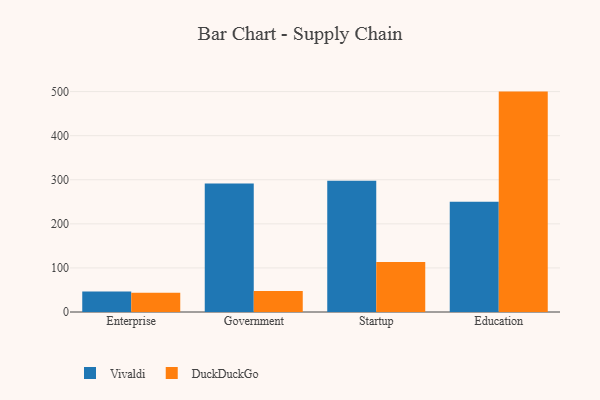
{"axis": {"x": "Segment", "y": "Headcount"}, "legend": ["DuckDuckGo", "Vivaldi"], "data": [{"x": "Enterprise", "y": 46.4, "type": "Vivaldi"}, {"x": "Enterprise", "y": 43.7, "type": "DuckDuckGo"}, {"x": "Government", "y": 291.7, "type": "Vivaldi"}, {"x": "Government", "y": 47.9, "type": "DuckDuckGo"}, {"x": "Startup", "y": 297.5, "type": "Vivaldi"}, {"x": "Startup", "y": 113.7, "type": "DuckDuckGo"}, {"x": "Education", "y": 250.2, "type": "Vivaldi"}, {"x": "Education", "y": 500.0, "type": "DuckDuckGo"}]}